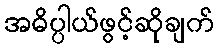
အဓိပ္ပါယ်ဖွင့်ဆိုချက်